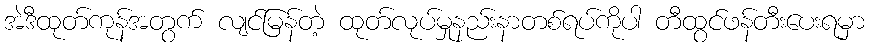
အဲဒီထုတ်ကုန်အတွက် လျင်မြန်တဲ့ ထုတ်လုပ်မှုနည်းနာတစ်ရပ်ကိုပါ တီထွင်ဖန်တီးပေးရမှာ